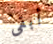
أبقى